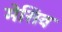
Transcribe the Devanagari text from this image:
मेसिव